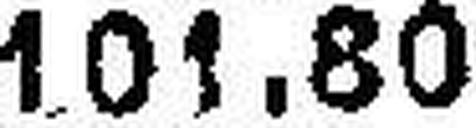
101.80